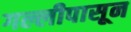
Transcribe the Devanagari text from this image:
गल्लीपासून